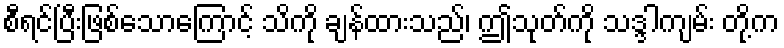
စီရင်ပြီးဖြစ်သောကြောင့် သိကို ချန်ထားသည်၊ ဤသုတ်ကို သဒ္ဒါကျမ်း တို့က